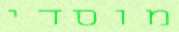
מוסדי